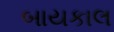
બાયકાલ